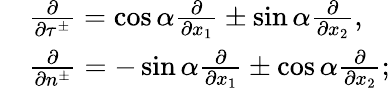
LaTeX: \begin{array}{rl}&{\frac{\partial}{\partial\tau^{\pm}}=\cos\alpha\frac{\partial}{\partial x_{1}}\pm\sin\alpha\frac{\partial}{\partial x_{2}},}\\ &{\frac{\partial}{\partial n^{\pm}}=-\sin\alpha\frac{\partial}{\partial x_{1}}\pm\cos\alpha\frac{\partial}{\partial x_{2}};}\end{array}